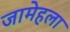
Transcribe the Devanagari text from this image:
जामेहला